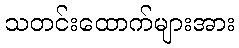
သတင်းထောက်များအား